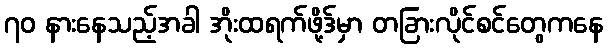
၇၀ နားနေသည့်အခါ အိုးထရက်ဖို့ဒ်မှာ တခြားလိုင်စင်တွေကနေ